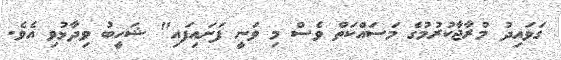
ގަވައިދު މުރާޖާކުރުމުގެ މަސައްކަތް ވެސް މި ވަނީ ފަށައިފައި" ޝަހީބު ވިދާޅުވި އެވެ.